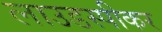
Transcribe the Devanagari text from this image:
लाउडस्‍पीकर